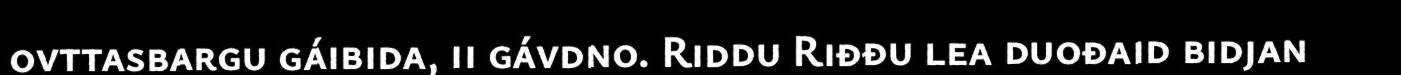
ovttasbargu gáibida, ii gávdno. Riddu Riđđu lea duođaid bidjan